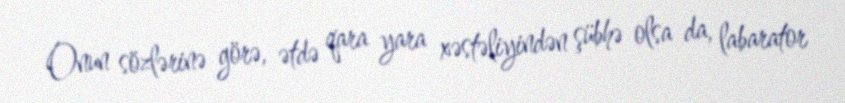
Onun sözlərinə görə, ətdə qara yara xəstəliyindən şübhə olsa da, labarator